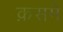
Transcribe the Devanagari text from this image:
क़समे